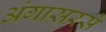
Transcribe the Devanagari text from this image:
अंगासरसे